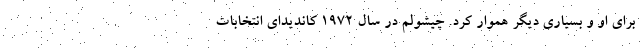
برای او و بسیاری دیگر هموار کرد. چیشولم در سال ۱۹۷۲ کاندیدای انتخابات